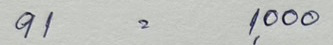
91 = 1,000